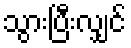
သွားပြီးလျှင်